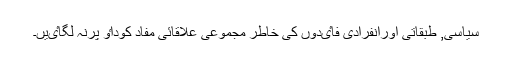
سیاسی, طبقاتی اورانفرادی فاٸدوں کی خاطر مجموعی علاقائی مفاد کوداٶ پرنہ لگاٸیں۔